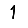
Digit: 1